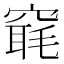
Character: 𥧢